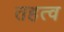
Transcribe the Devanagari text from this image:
तहत्व